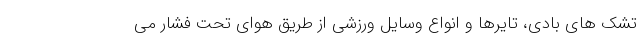
تشک های بادی، تایرها و انواع وسایل ورزشی از طریق هوای تحت فشار می